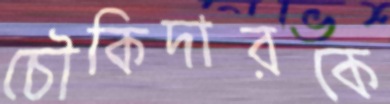
চৌকিদারকে